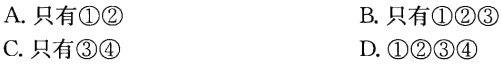
A. 只有\textcircled{1}\textcircled{2}
B. 只有\textcircled{1}\textcircled{2}\textcircled{3}
C. 只有\textcircled{3}\textcircled{4}
D. \textcircled{1}\textcircled{2}\textcircled{3}\textcircled{4}